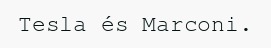
Tesla és Marconi.